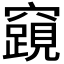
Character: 𮄟